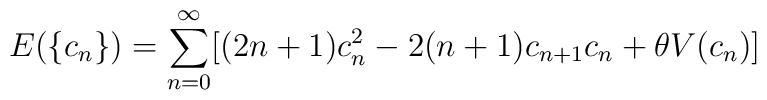
E( \{ c_n \} ) = \sum _{n=0} ^{\infty} [ (2n+1) c_n ^2 - 2(n+1) c_{n+1} c_n + \theta V(c_n) ]